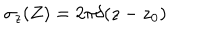
\sigma _ { z } ( Z ) = 2 \pi \delta ( z - z _ { 0 } )